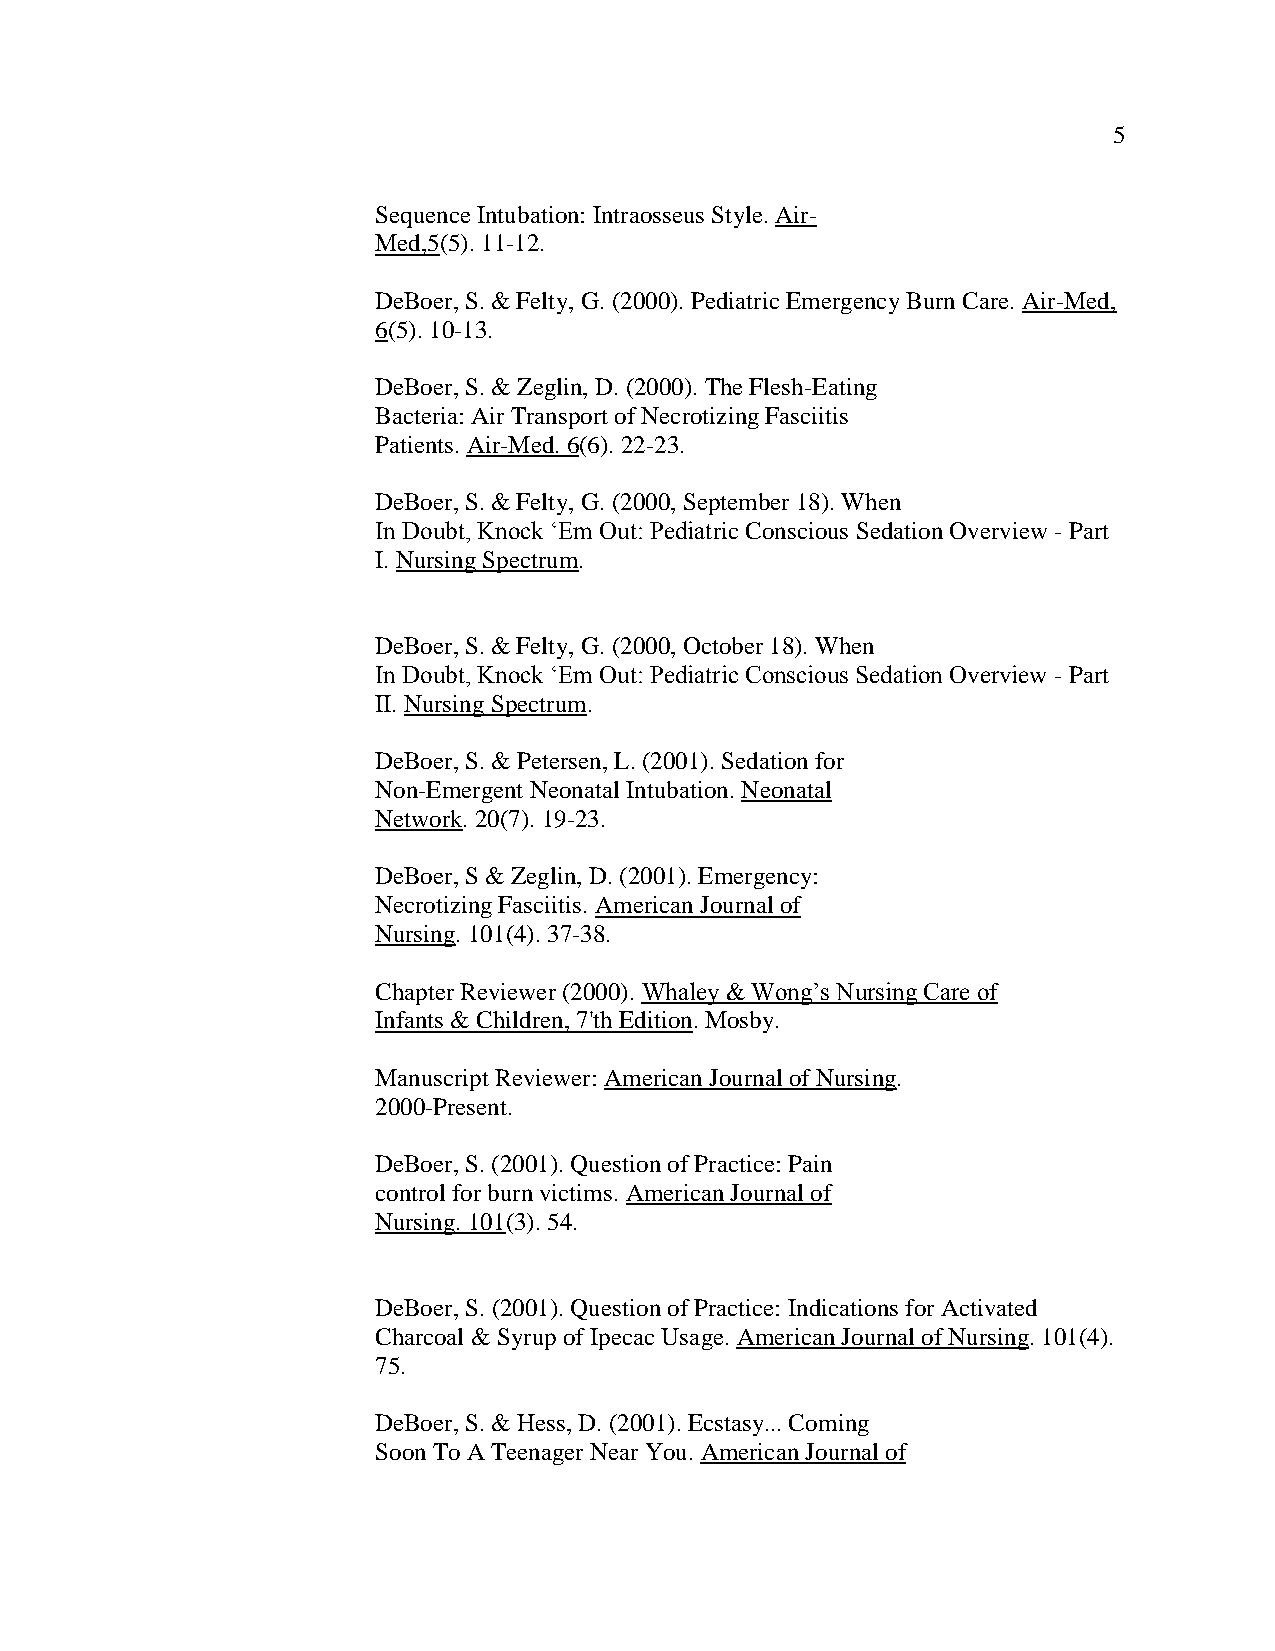
5
 Sequence Intubation: Intraosseus Style. Air-
 Med,5(5). 11-12.
 DeBoer, S. & Felty, G. (2000). Pediatric Emergency Burn Care. Air-Med,
 6(5). 10-13.
 DeBoer, S. & Zeglin, D. (2000). The Flesh-Eating
 Bacteria: Air Transport of Necrotizing Fasciitis
 Patients. Air-Med. 6(6). 22-23.
 DeBoer, S. & Felty, G. (2000, September 18). When
 In Doubt, Knock ‘Em Out: Pediatric Conscious Sedation Overview - Part
 I. Nursing Spectrum.
 DeBoer, S. & Felty, G. (2000, October 18). When
 In Doubt, Knock ‘Em Out: Pediatric Conscious Sedation Overview - Part
 II. Nursing Spectrum.
 DeBoer, S. & Petersen, L. (2001). Sedation for
 Non-Emergent Neonatal Intubation. Neonatal
 Network. 20(7). 19-23.
 DeBoer, S & Zeglin, D. (2001). Emergency:
 Necrotizing Fasciitis. American Journal of
 Nursing. 101(4). 37-38.
 Chapter Reviewer (2000). Whaley & Wong’s Nursing Care of
 Infants & Children, 7'th Edition. Mosby.
 Manuscript Reviewer: American Journal of Nursing.
 2000-Present.
 DeBoer, S. (2001). Question of Practice: Pain
 control for burn victims. American Journal of
 Nursing. 101(3). 54.
 DeBoer, S. (2001). Question of Practice: Indications for Activated
 Charcoal & Syrup of Ipecac Usage. American Journal of Nursing. 101(4).
 75.
 DeBoer, S. & Hess, D. (2001). Ecstasy... Coming
 Soon To A Teenager Near You. American Journal of